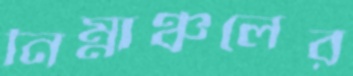
নিম্নাঞ্চলের